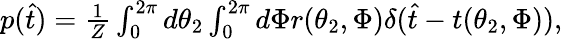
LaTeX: \begin{array}{r}{p(\hat{t})=\frac{1}{Z}\int_{0}^{2\pi}d\theta_{2}\int_{0}^{2\pi}d\Phi r(\theta_{2},\Phi)\delta(\hat{t}-t(\theta_{2},\Phi)),}\end{array}